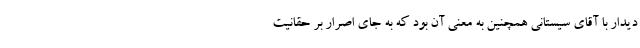
دیدار با آقای سیستانی همچنین به معنی آن بود که به جای اصرار بر حقانیت